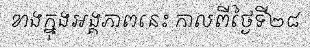
ខាងក្នុងអង្គភាពនេះ កាលពីថ្ងៃទី២៨